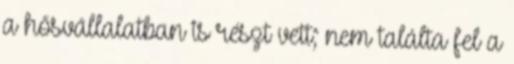
a hősvállalatban is részt vett; nem találta fel a